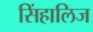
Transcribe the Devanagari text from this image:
सिंहालिज